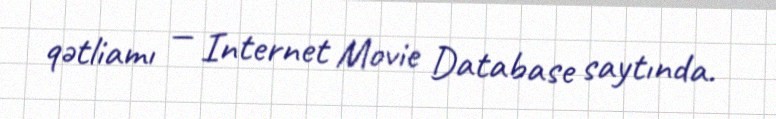
qətliamı — Internet Movie Database saytında.